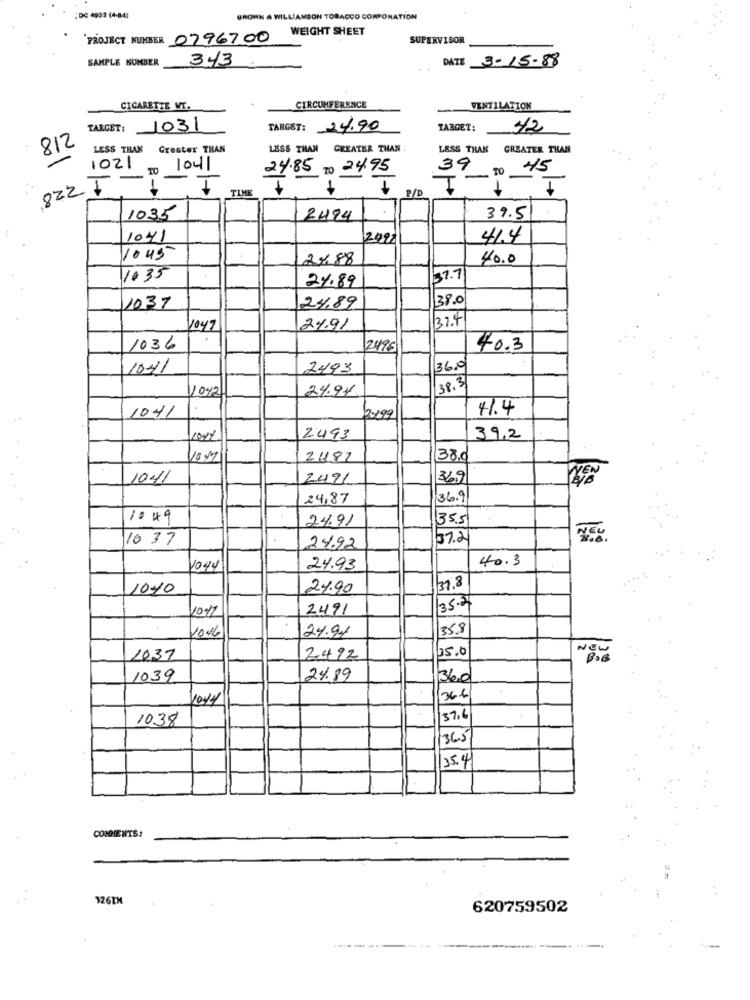
:DC 4992 (4-843
UROWN & WILLIAMSON TOBACCO CORPORATION
WEIGHT SHEET
PROJECT NUMBER 0796700
SUPERVISOR
SAMPLE NUMBER
343
DATE 3-15-88
CIGARETTE WI.
CIRCUMFERENCE
VENTILATION
TARGET: 1031
TARGET: 24.90
TARGET: 42
812
LESS THAN
Greater THAN
LESS THAN
GREATER THAN
LESS THAN GREATER THAN
1021
TO
1041
24.85
24.95
39
TO
45
-
822 1 - 1-
TIME
P/ D
1035
2494
39.5
1041
2992
41.4
1045
2%88
40.0
1035
37.7
24.89
38.0
1037
24.89
32.4
1047
2%.91
1036
2496
40.3
1041
2493
36,0
1042
24.94
38.3
1041
41.4
12199
2493
39,2
10 M
2487
38.0
10.41
2491
369
24,87
36.9
1049
24.91
355
10 37
57.2
24.92
40.3
1044
24.93
1010
24.90
39.8
104
2491
35.27
24.91
35.8
2006
25.0
NEW
1037
2492
BOB
1039
24.89
36.0
10:44
366
1038
37.6
365
35.4
COMMENTS!
326TH
620759502